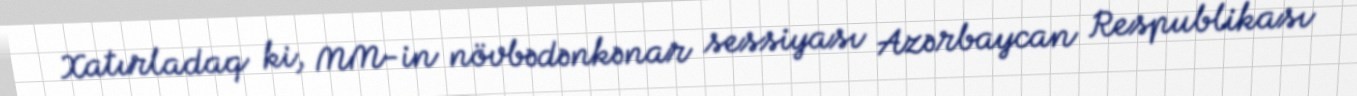
Xatırladaq ki, MM-in növbədənkənar sessiyası Azərbaycan Respublikası